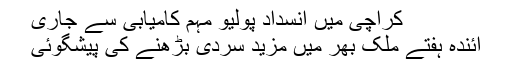
کراچی میں انسداد پولیو مہم کامیابی سے جاری
آئندہ ہفتے ملک بھر میں مزید سردی بڑھنے کی پیشگوئی